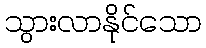
သွားလာနိုင်သော